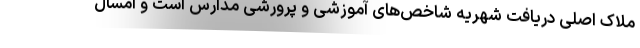
ملاک اصلی دریافت شهریه شاخص‌های آموزشی و پرورشی مدارس است و امسال